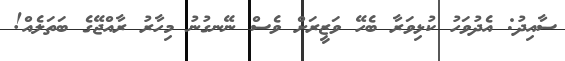
ސާއިދު: އެދުވަހު ކުޅިވަރާ ބެހޭ ވަޒީރަށް ވެސް ނޭނގުނު މިހާރު ރާއްޖޭގެ ބަތަލެއް!